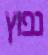
נפוץ